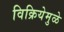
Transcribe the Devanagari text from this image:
विक्रियेमुळे